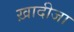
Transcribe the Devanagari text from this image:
ख़ादीजा